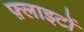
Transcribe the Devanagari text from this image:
फ़्लाइटों